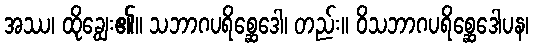
အဿ၊ ထိုချွေး၏။ သဘာဂပရိစ္ဆေဒေါ၊ တည်း။ ဝိသဘာဂပရိစ္ဆေဒေါပန၊